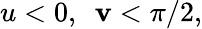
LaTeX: u<0,~~\mathbf{v}<\pi/2,